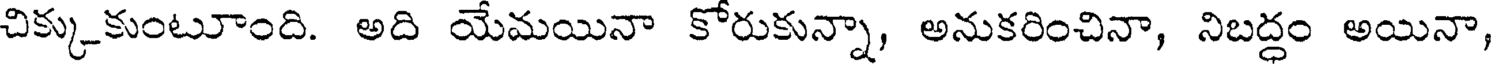
చిక్కుకుంటూంది. అది యేమయినా కోరుకున్నా, అనుకరించినా, నిబద్ధం అయినా,